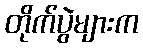
တိုက်ပွဲများက